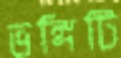
ভঙ্গিটি